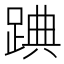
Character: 䠄